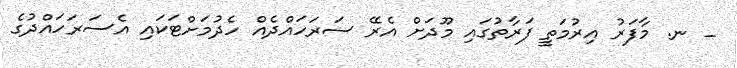
_ ނ. މާފަރު އިރުމަތީ ފަރާތުގައި މޫދަށް އެރޭ ސަރަހައްދެއް ހެދުމަށްޓަކައި އެސަރަހައްދުގެ